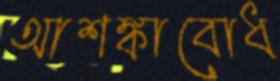
আশঙ্কাবোধ